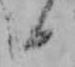
日